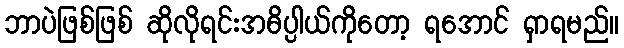
ဘာပဲဖြစ်ဖြစ် ဆိုလိုရင်းအဓိပ္ပါယ်ကိုတော့ ရအောင် ရှာရမည်။